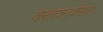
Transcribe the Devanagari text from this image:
जनताजनार्दनाला